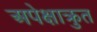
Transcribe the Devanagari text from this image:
अपेक्षाक्रुत